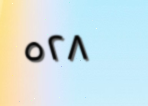
٥٢٨